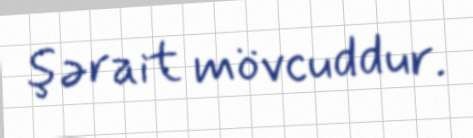
şərait mövcuddur.